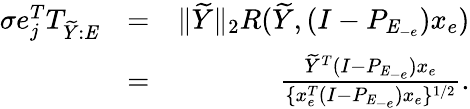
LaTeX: \begin{array}{rlr}{\sigma e_{j}^{T}T_{\widetilde{Y}:\mathit{E}}}&{=}&{\| \widetilde{Y}\| _{2}R(\widetilde{Y},(I-P_{\mathit{E}_{-e}})x_{e})}\\ &{=}&{\frac{\widetilde{Y}^{T}(I-P_{\mathit{E}_{-e}})x_{e}}{\{ x_{e}^{T}(I-P_{\mathit{E}_{-e}})x_{e}\} ^{1/2}}.}\end{array}